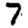
Digit: 7